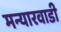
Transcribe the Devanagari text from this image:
मन्यारवाडी